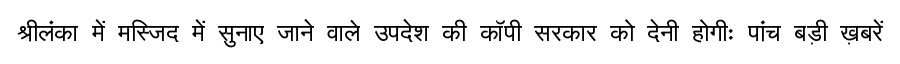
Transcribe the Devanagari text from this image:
श्रीलंका में मस्जिद में सुनाए जाने वाले उपदेश की कॉपी सरकार को देनी होगीः पांच बड़ी ख़बरें